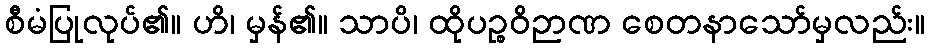
စီမံပြုလုပ်၏။ ဟိ၊ မှန်၏။ သာပိ၊ ထိုပဉ္စဝိဉာဏ စေတနာသော်မှလည်း။